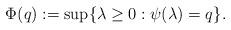
LaTeX: \begin{align*} \Phi(q) := \sup \{ \lambda \geq 0: \psi(\lambda) = q\} . \end{align*}